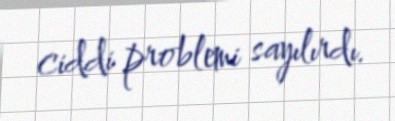
ciddi problemi sayılırdı.